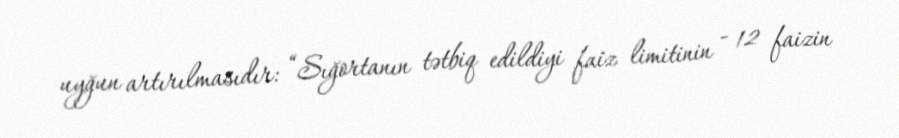
uyğun artırılmasıdır: “Sığortanın tətbiq edildiyi faiz limitinin - 12 faizin